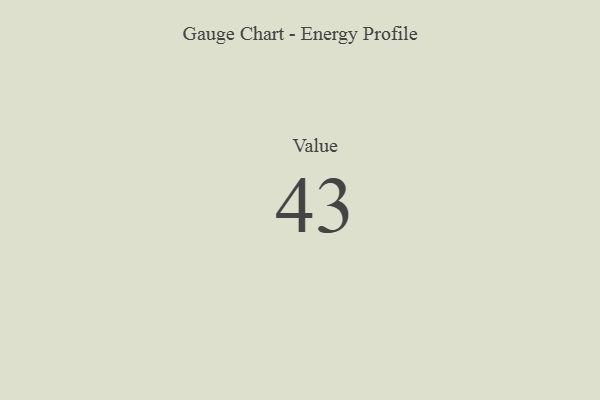
{"axis": {"x": "Metric", "y": "Value"}, "legend": [""], "data": [{"x": "Value", "y": 43, "type": ""}]}